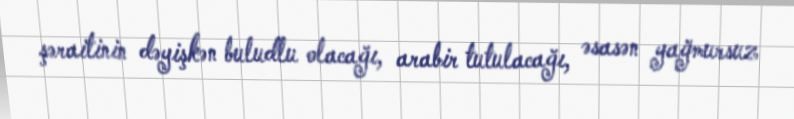
şəraitinin dəyişkən buludlu olacağı, arabir tutulacağı, əsasən yağmursuz